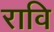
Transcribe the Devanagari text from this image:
रावि